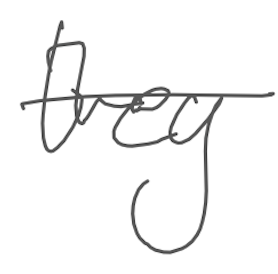
Text: they
Cross-out: mix
Writing tool: digital_gray